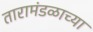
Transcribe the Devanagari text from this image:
तारामंडळाच्या